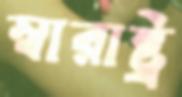
স্বারাষ্ট্র